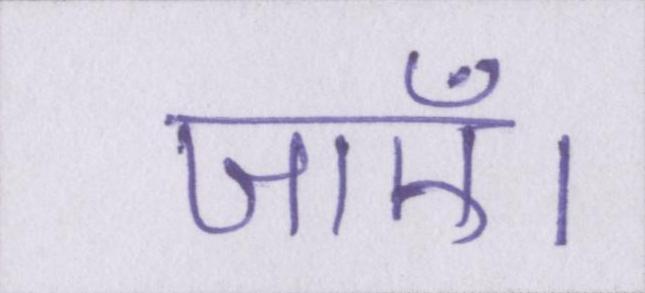
जाएँ।